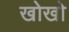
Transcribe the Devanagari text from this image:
खोखाे